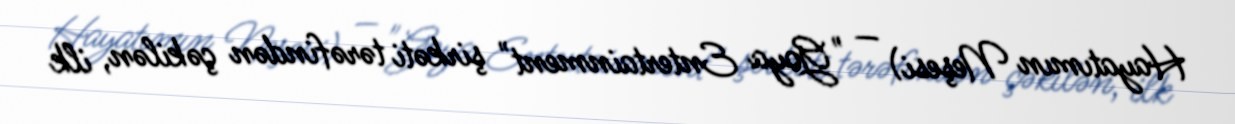
Hayatımın Neşesi) — "Goya Entertainment" şirkəti tərəfindən çəkilən, ilk